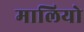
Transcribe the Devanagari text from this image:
मालियो